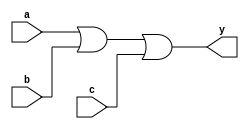

module top (a, b, c, y);
input a, b, c;
output y;


or (y, a, b, c);

endmodule